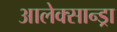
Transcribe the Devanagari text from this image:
आलेक्सान्ड्रा